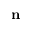
{ \bf n }